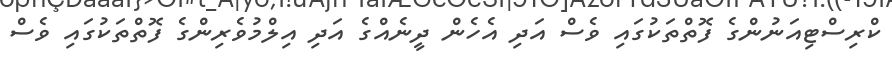
ކްރިސްޓިއަނުންގެ ފޮތްތަކުގައި ވެސް އަދި އެހެން ދީނެއްގެ އަދި އިލްމުވެރިންގެ ފޮތްތަކުގައި ވެސް